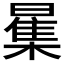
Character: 𱢪